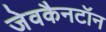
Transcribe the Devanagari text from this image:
जेवकैनटॉन